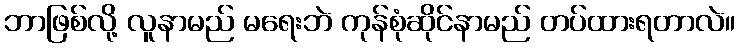
ဘာဖြစ်လို့ လူနာမည် မရေးဘဲ ကုန်စုံဆိုင်နာမည် တပ်ထားရတာလဲ။